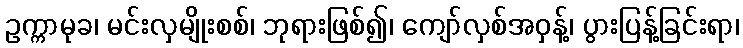
ဥက္ကာမုခ၊ မင်းလှမျိုးစစ်၊ ဘုရားဖြစ်၍၊ ကျော်လှစ်အဝှန့်၊ ပွားပြန့်ခြင်းရာ၊